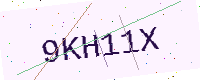
Text: 9KH11X